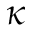
\kappa